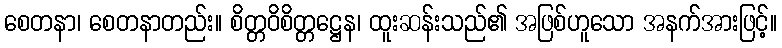
စေတနာ၊ စေတနာတည်း။ စိတ္တဝိစိတ္တဋ္ဌေန၊ ထူးဆန်းသည်၏ အဖြစ်ဟူသော အနက်အားဖြင့်။